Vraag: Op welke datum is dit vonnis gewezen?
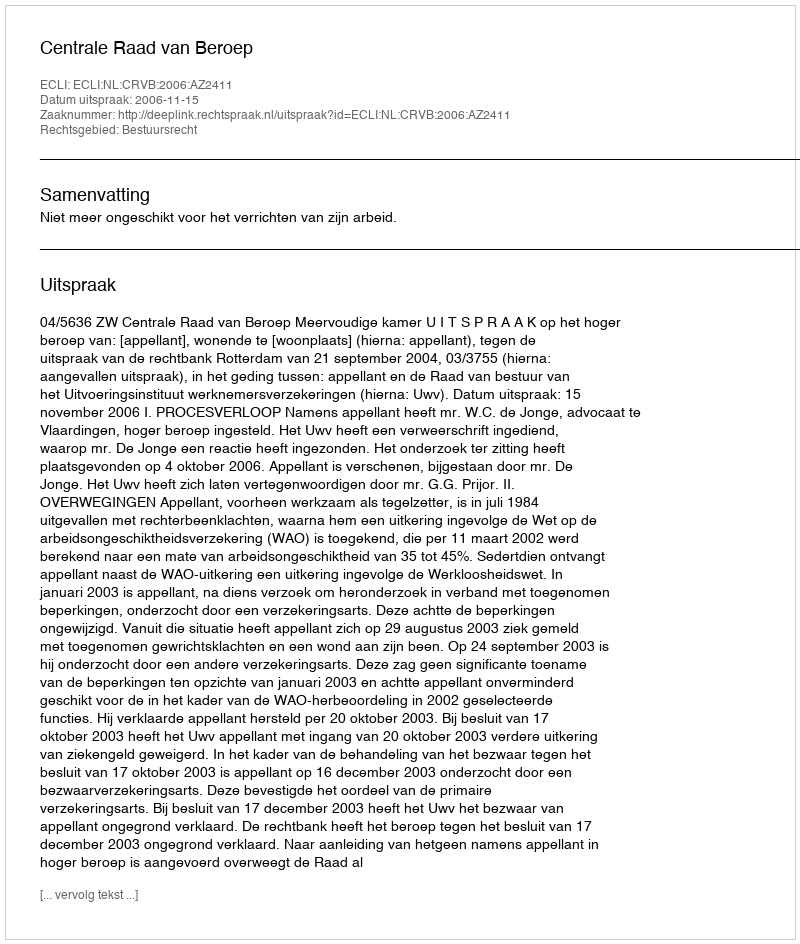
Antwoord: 2006-11-15